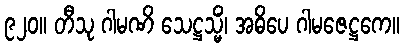
၉၂၀။ တီသု ဂါမဏိ သေဋ္ဌသ္မိံ၊ အဓိပေ ဂါမဇေဋ္ဌကေ။